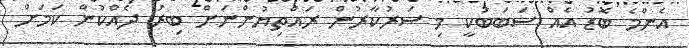
އެންމެ ބޮޑު އެއް ސަބަބަކީ މި ސަރުކާރުން ރައްތިޔުންނަށް ބިރު ދެއްކުން ކަމަށް